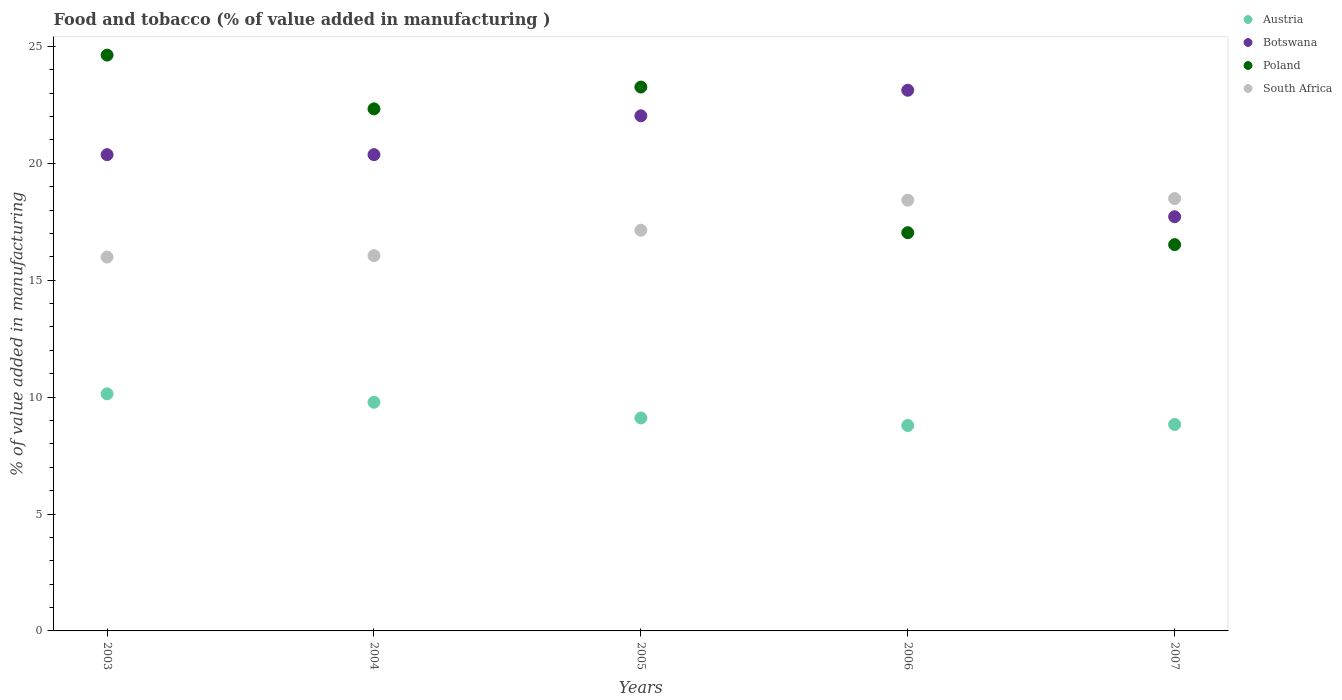
| Years | Austria | Botswana | Poland | South Africa |
 | --- | --- | --- | --- | --- |
 | 2003 | 10.1 | 20.4 | 24.6 | 16 |
 | 2004 | 9.78 | 20.4 | 22.3 | 16.1 |
 | 2005 | 9.11 | 22 | 23.3 | 17.1 |
 | 2006 | 8.79 | 23.1 | 17 | 18.4 |
 | 2007 | 8.83 | 17.7 | 16.5 | 18.5 |